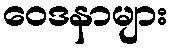
ဝေဒနာများ